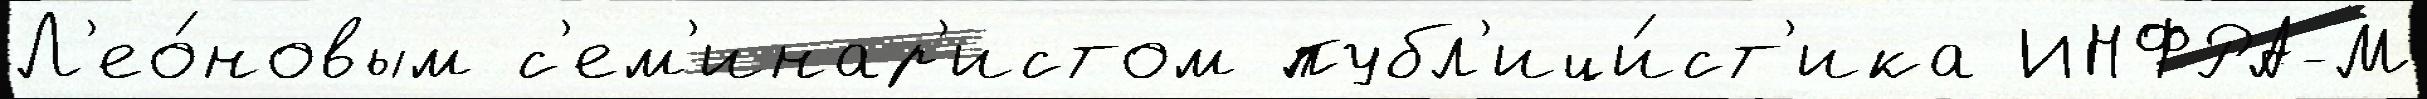
Л'ео́новым с'ем'инар'истом публ'ици́ст'ика ИНФРА-М